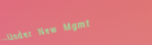
Under New Mgmt